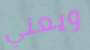
ويعني